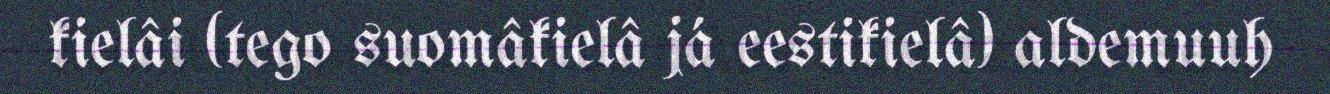
kielâi (tego suomâkielâ já eestikielâ) aldemuuh